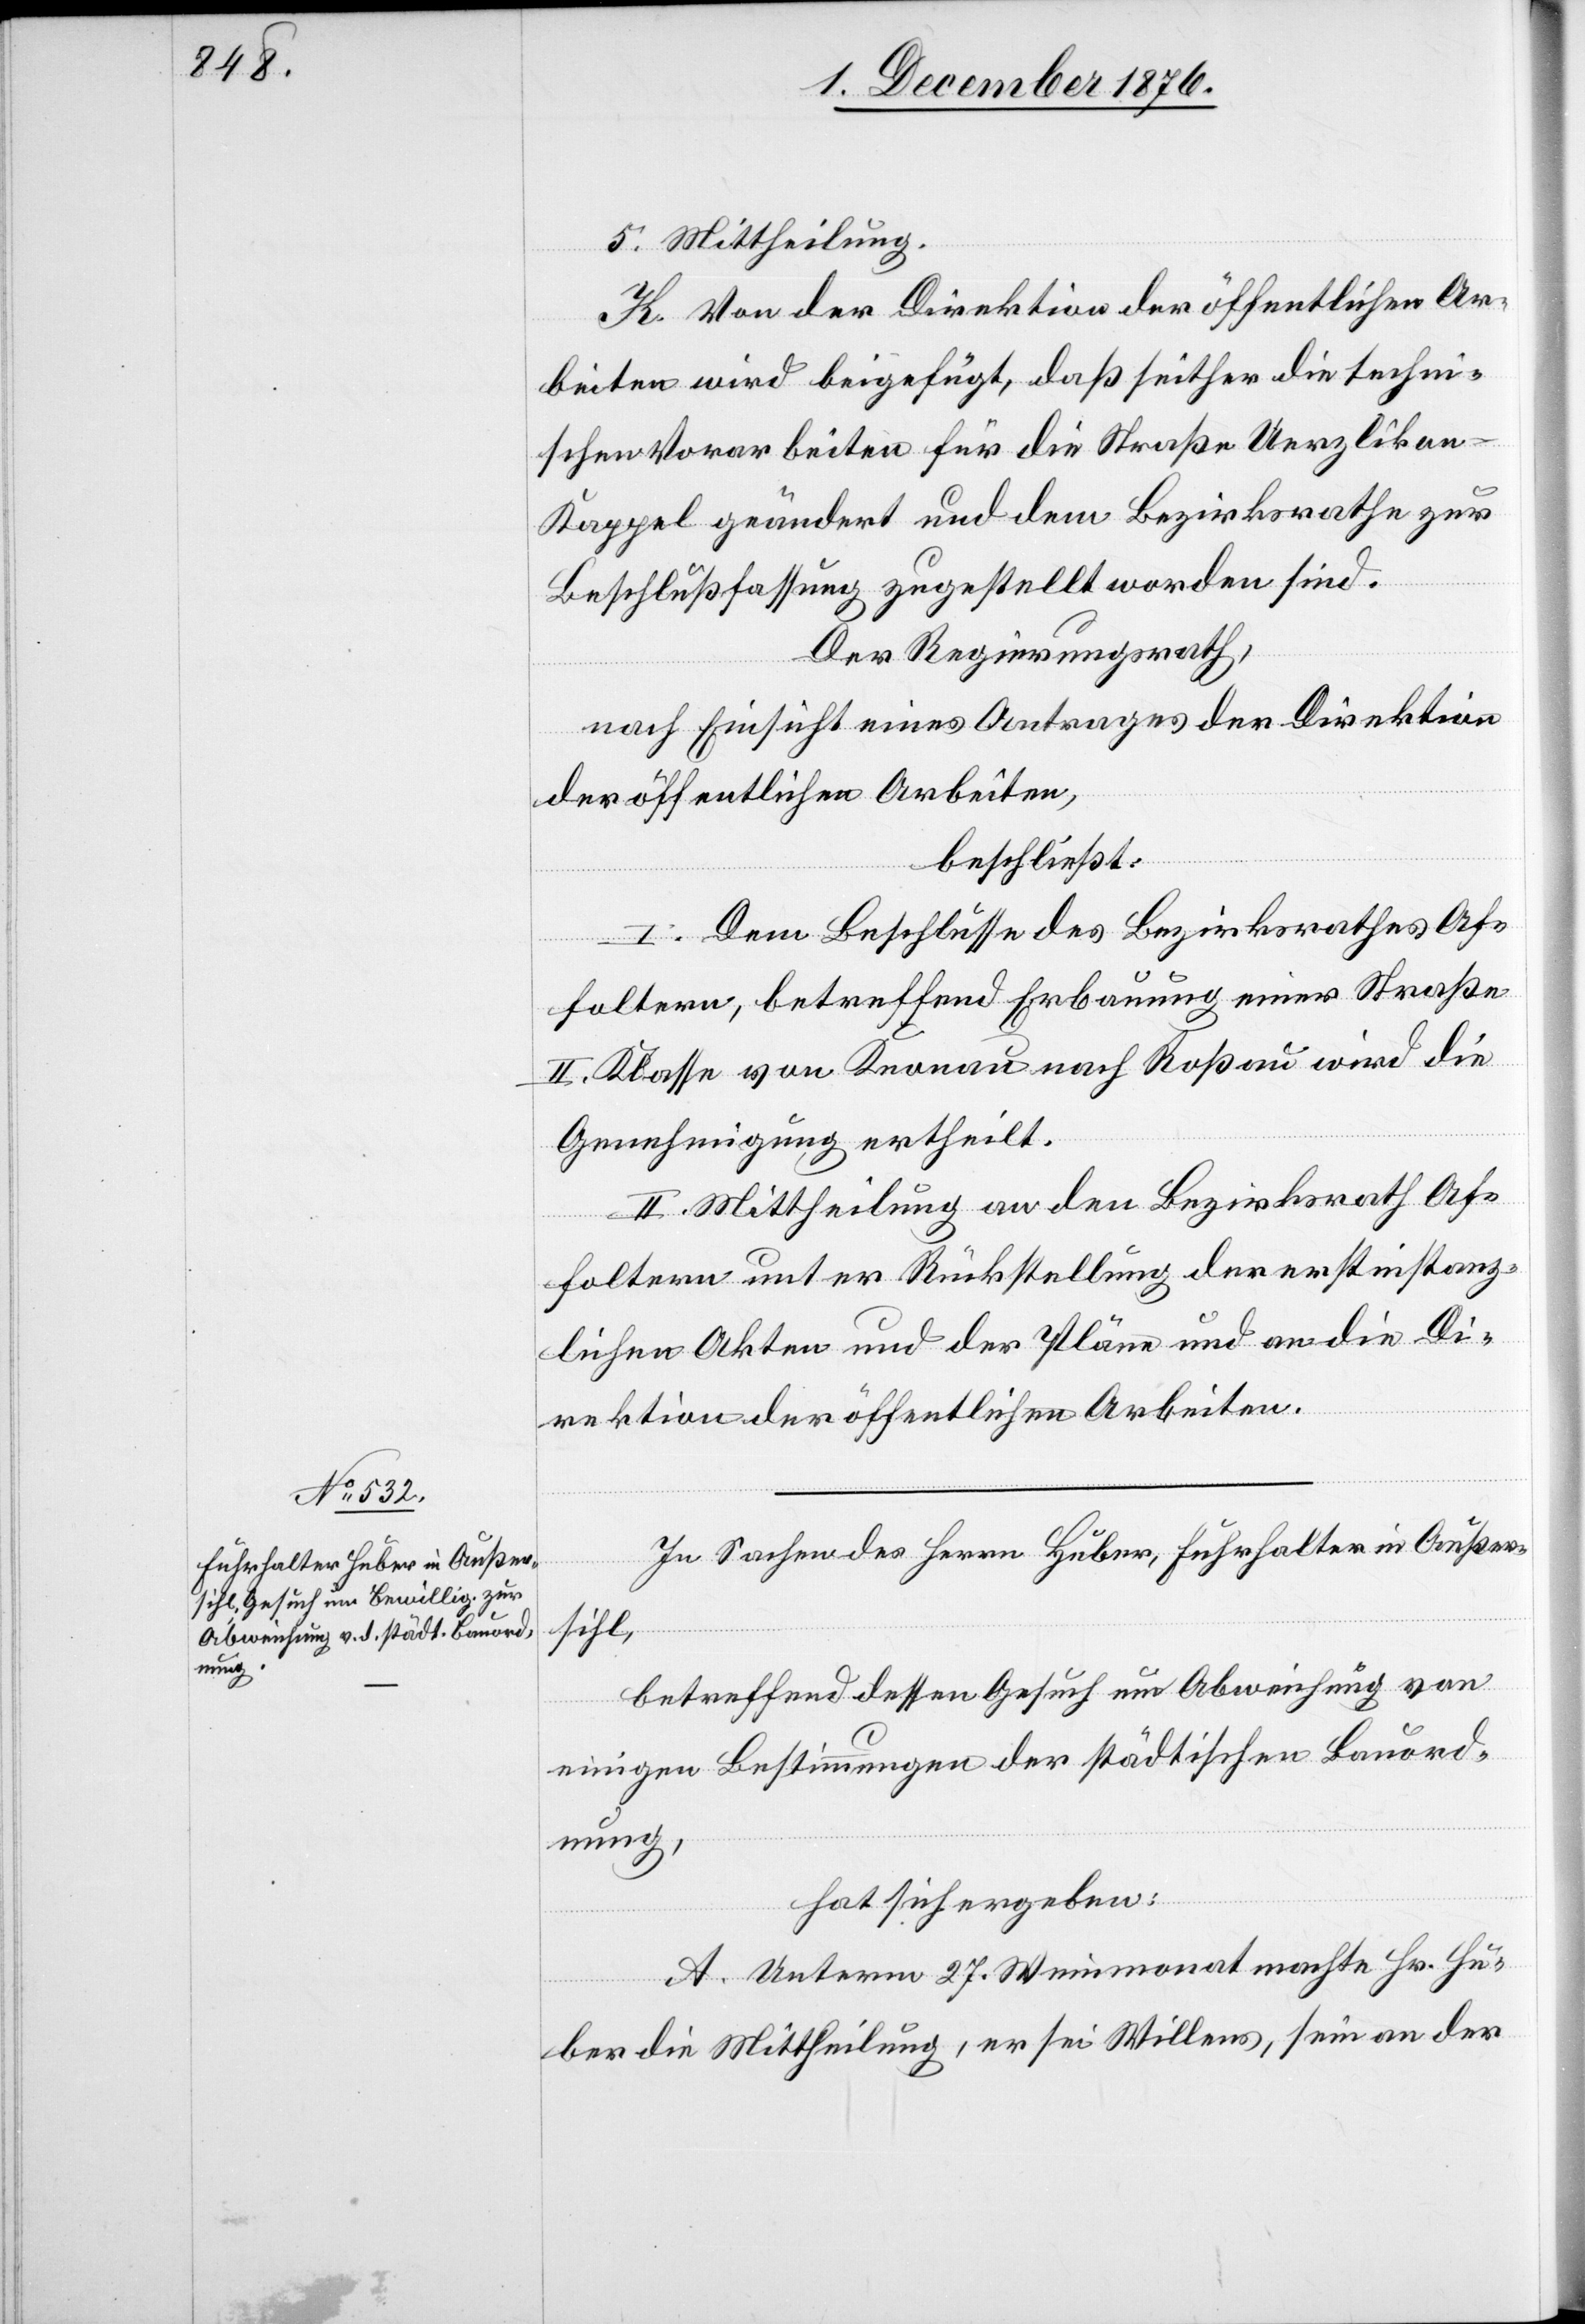
5. Mittheilung.
K. Von der Direktion der öffentlichen Ar¬
beiten wird beigefügt, daß seither die techni¬
schen Vorarbeiten für die Straße Uerzlikon–K¬
appel geändert und dem Bezirksrathe zur
Beschlußfassung zugestellt worden sind.
Der Regierungsrath.
nach Einsicht eines Antrages der Direktion
der öffentlichen Arbeiten,
beschließt:
I. Dem Beschlusse des Bezirksrathes Af¬
foltern, betreffend Erbauung einer Straße
II. Klasse von Knonau nach Roßau wird die
Genehmigung ertheilt.
II. Mittheilung an den Bezirksrath Af¬
foltern unter Rückstellung der erstinstanz¬
lichen Akten und der Pläne und an die Di¬
rektion der öffentlichen Arbeiten.
In Sachen des Herrn Huber, Fuhrhalter in Außer¬
sihl,
betreffend dessen Gesuch um Abweichung von
einigen Bestimmungen der städtischen Bauord¬
nung,
hat sich ergeben:
A. Unterm 27. Weinmonat machte Hr. Hu¬
ber die Mittheilung, er sei Willens, sein an der